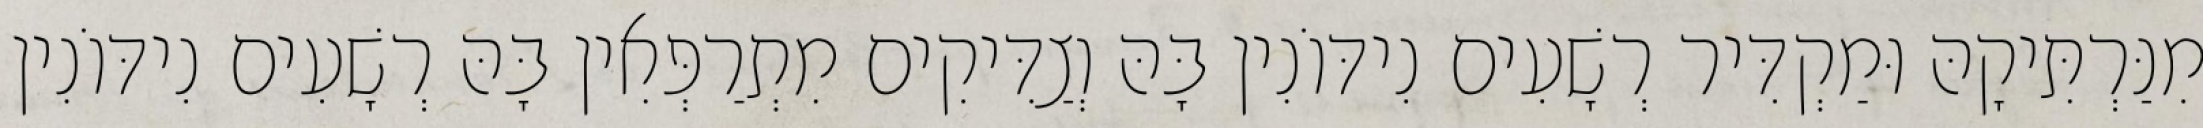
מִנַּרְתִּיקָהּ וּמַקְדִּיר רְשָׁעִים נִידּוֹנִין בָּהּ וְצַדִּיקִים מִתְרַפְּאִין בָּהּ רְשָׁעִים נִידּוֹנִין